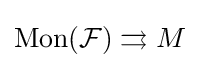
\mathrm {Mon} ({\mathcal {F}})\rightrightarrows M